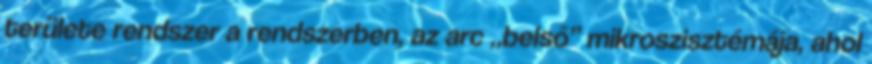
területe rendszer a rendszerben, az arc „belső” mikroszisztémája, ahol